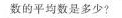
数的平均数是多少?